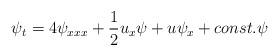
LaTeX: \begin{align*}\psi_t = 4\psi_{xxx} +{1 \over 2}u_x \psi + u \psi_x + const. \psi\end{align*}